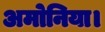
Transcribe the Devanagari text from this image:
अमोनिया।